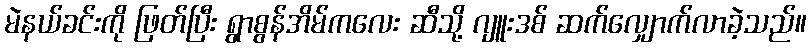
မဲနယ်ခင်းကို ဖြတ်ပြီး ရွာစွန်အိမ်ကလေး ဆီသို့ ဂျူးဒစ် ဆက်လျှောက်လာခဲ့သည်။